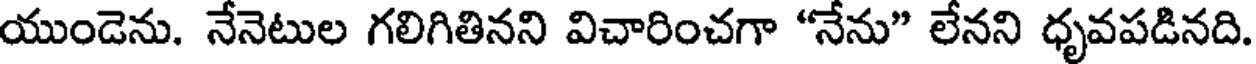
యుండెను. నేనెటుల గలిగితినని విచారించగా "నేను" లేనని ధృవపడినది